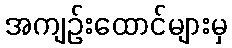
အကျဉ်းထောင်များမှ